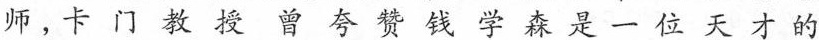
师。卡门教授曾夸赞钱学森是一位天才的